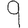
Digit: 9